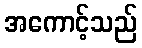
အကောင့်သည်